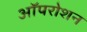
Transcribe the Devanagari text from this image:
ऑपरोशन